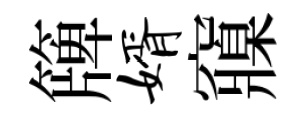
簰婿䆿